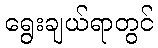
ရွေးချယ်ရာတွင်